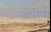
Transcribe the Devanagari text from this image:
ओरिस